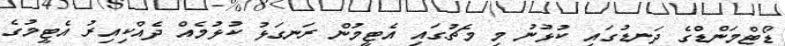
ޑޯޓްމަންޑްގެ ދަނޑުގައި ކުޅުނު މި މެޗުގައި އެޓީމުން ރަނގަޅު ކުޅުމެއް ދެއްކިއިރު އެޓީމުގެ